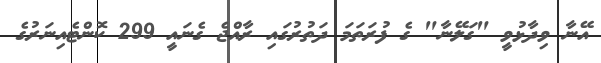
އޭނާ ވިދާޅުވީ "ގަލޭނާ" ގެ ފުރަތަމަ ދަތުރުގައި ރާއްޖެ ގެނައީ 299 ކޮންޓެއިނަރުގެ